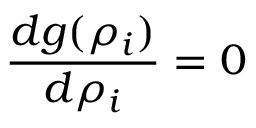
\frac { d g ( \rho _ { i } ) } { d \rho _ { i } } = 0